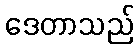
ဒေတာသည်